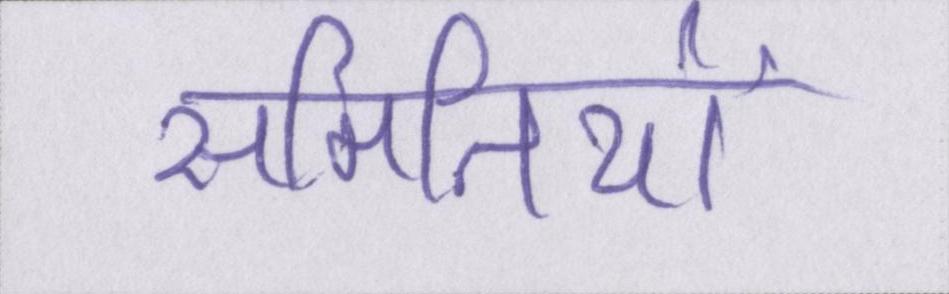
समितियों